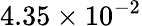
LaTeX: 4.35\times 10^{-2}